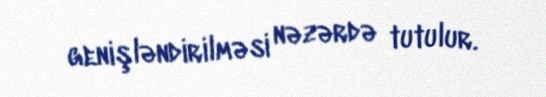
genişləndirilməsi nəzərdə tutulur.